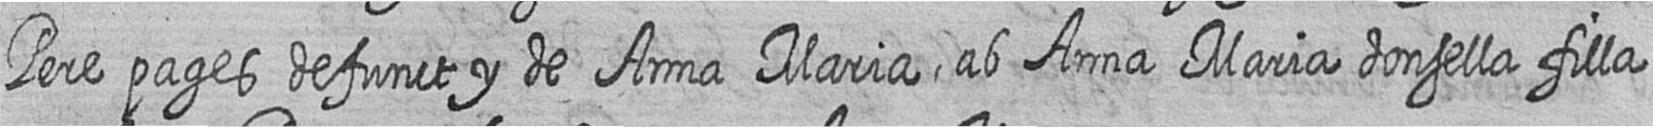
Pere pages defunct y de Anna Maria ab Anna Maria donsella filla